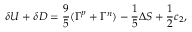
\delta U + \delta D = \frac { 9 } { 5 } ( \Gamma ^ { p } + \Gamma ^ { n } ) - \frac { 1 } { 5 } \Delta S + \frac { 1 } { 2 } c _ { 2 } ,